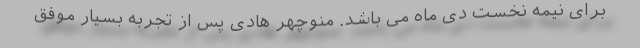
برای نیمه نخست دی ماه می باشد. منوچهر هادی پس از تجربه بسیار موفق